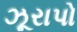
ઝૂરાપો